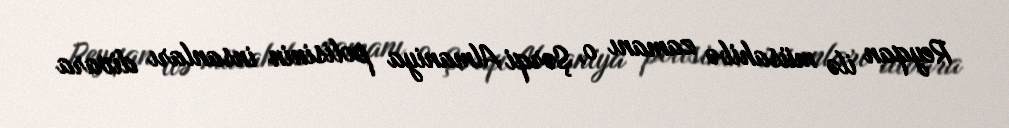
Reyqan ilə müsahibə zamanı o, Şərqi Almaniya polisinin insanları divara